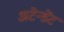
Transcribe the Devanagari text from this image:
अटेन्डेंट